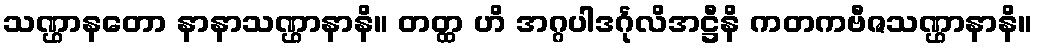
သဏ္ဌာနတော နာနာသဏ္ဌာနာနိ။ တတ္ထ ဟိ အဂ္ဂပါဒင်္ဂုလိအဋ္ဌီနိ ကတကဗီဇသဏ္ဌာနာနိ။